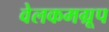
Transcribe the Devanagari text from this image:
वेलकमग्रूप